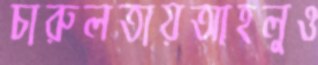
চারুলতায়আহলুও